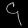
Digit: ၄